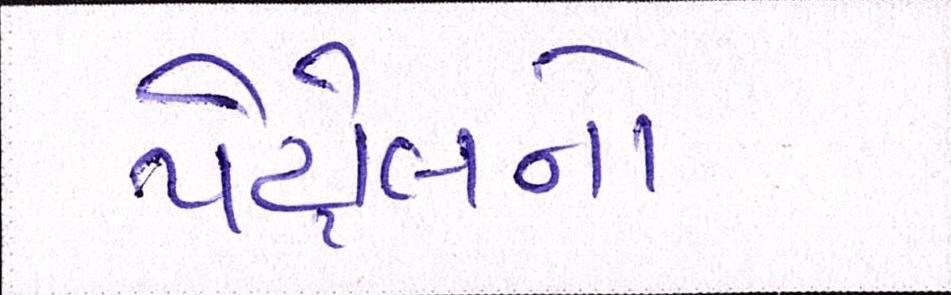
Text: પેટ્રોલનો